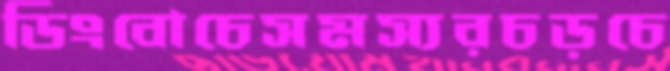
ডিংবোচেসমস্যরচড়চে